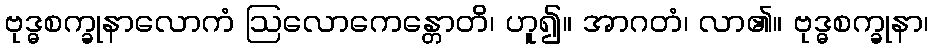
ဗုဒ္ဓစက္ခုနာလောကံ ဩလောကေန္တောတိ၊ ဟူ၍။ အာဂတံ၊ လာ၏။ ဗုဒ္ဓစက္ခုနာ၊